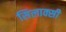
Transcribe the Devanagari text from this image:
सिलाक्सी